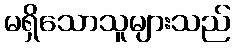
မရှိသောသူများသည်